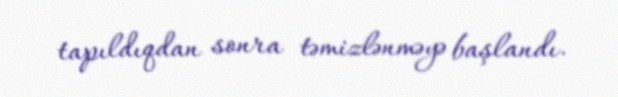
tapıldıqdan sonra təmizlənməyə başlandı.